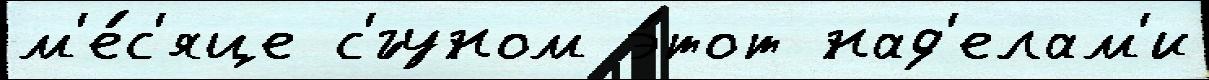
м'е́с'яце с'́гуном э́тот над'елам'и